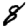
Digit: 8